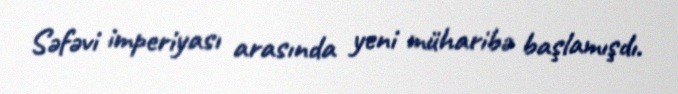
Səfəvi imperiyası arasında yeni müharibə başlamışdı.